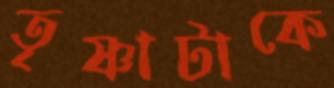
তৃষ্ণাটাকে